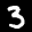
Label: 3